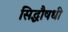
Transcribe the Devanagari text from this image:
सिद्धौषधी